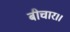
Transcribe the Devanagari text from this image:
बीचार।।